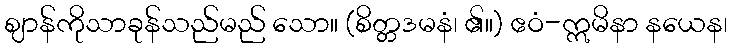
ဈာန်ကိုသာခုန်သည်မည် သော။ (စိတ္တဒမနံ၊ ၏။) ဧဝံ-ဣမိနာ နယေန၊